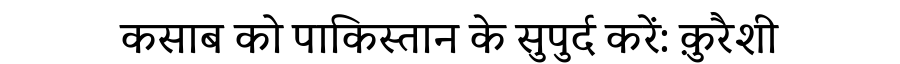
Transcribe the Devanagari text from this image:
कसाब को पाकिस्तान के सुपुर्द करें: क़ुरैशी